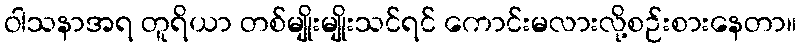
ဝါသနာအရ တူရိယာ တစ်မျိုးမျိုးသင်ရင် ကောင်းမလားလို့စဉ်းစားနေတာ။